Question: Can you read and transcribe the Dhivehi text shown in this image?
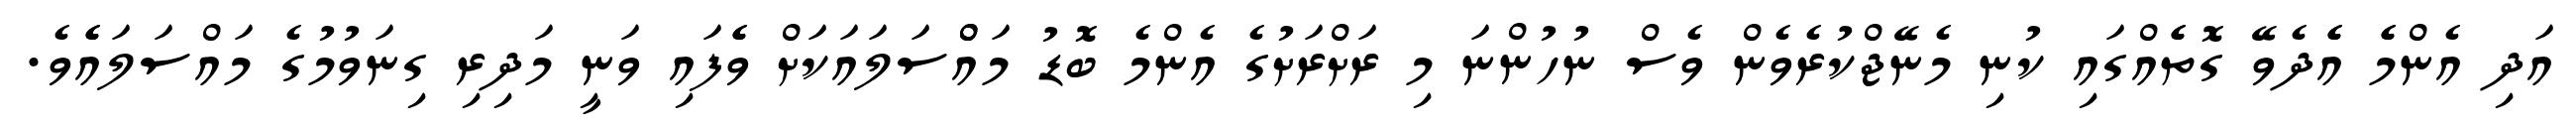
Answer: އަދި އެންމެެ އެެދެވޭ ގޮތެެއްގައި ކުނި މެނޭޖްކުރެވެން ވެސް ނުހުންނަ މި ރަށްރަށުގެ އެންމެ ބޮޑު މައްްސަލައަކަށް ވެެފައި ވަނީ މަދިރި ގިނަވުމުގެ މައްސަލައެެވެ.